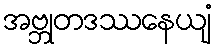
အဗ္ဘုတဒဿနေယျံ